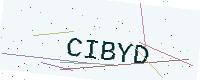
Text: CIBYD